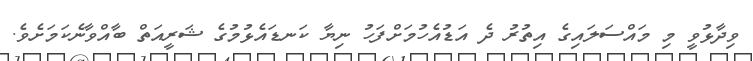
ވިދާޅުވީ މި މައްސަލައިގެ އިތުރު ދެ އަޑުއެހުމަށްފަހު ނިޔާ ކަނޑައެޅުމުގެ ޝަރީއަތް ބާއްވާނެކަމަށެވެ.